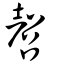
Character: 㲈